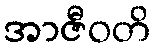
အာဇီဝတိ